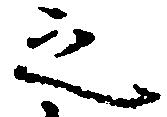
之